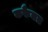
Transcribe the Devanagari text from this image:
कफैयत